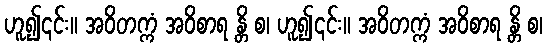
ဟူ၍၎င်း။ အဝိတက္ကံ အဝိစာရ န္တိ စ၊ ဟူ၍၎င်း။ အဝိတက္ကံ အဝိစာရ န္တိ စ၊